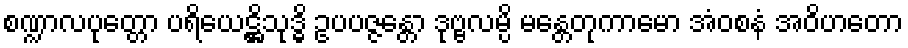
စဏ္ဍာလပုတ္တော ပရိယေဋ္ဌိသုဒ္ဓိ ဥပပဇ္ဇန္တော ဒုဗ္ဗလမ္ပိ မန္တေတုကာမော အံဝစနံ အဝိဟတော